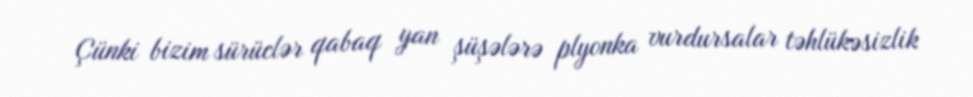
Çünki bizim sürüclər qabaq yan şüşələrə plyonka vurdursalar təhlükəsizlik